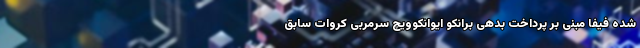
شده فیفا مبنی بر پرداخت بدهی برانکو ایوانکوویچ سرمربی کروات سابق